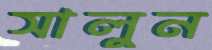
সালুন